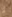
لا